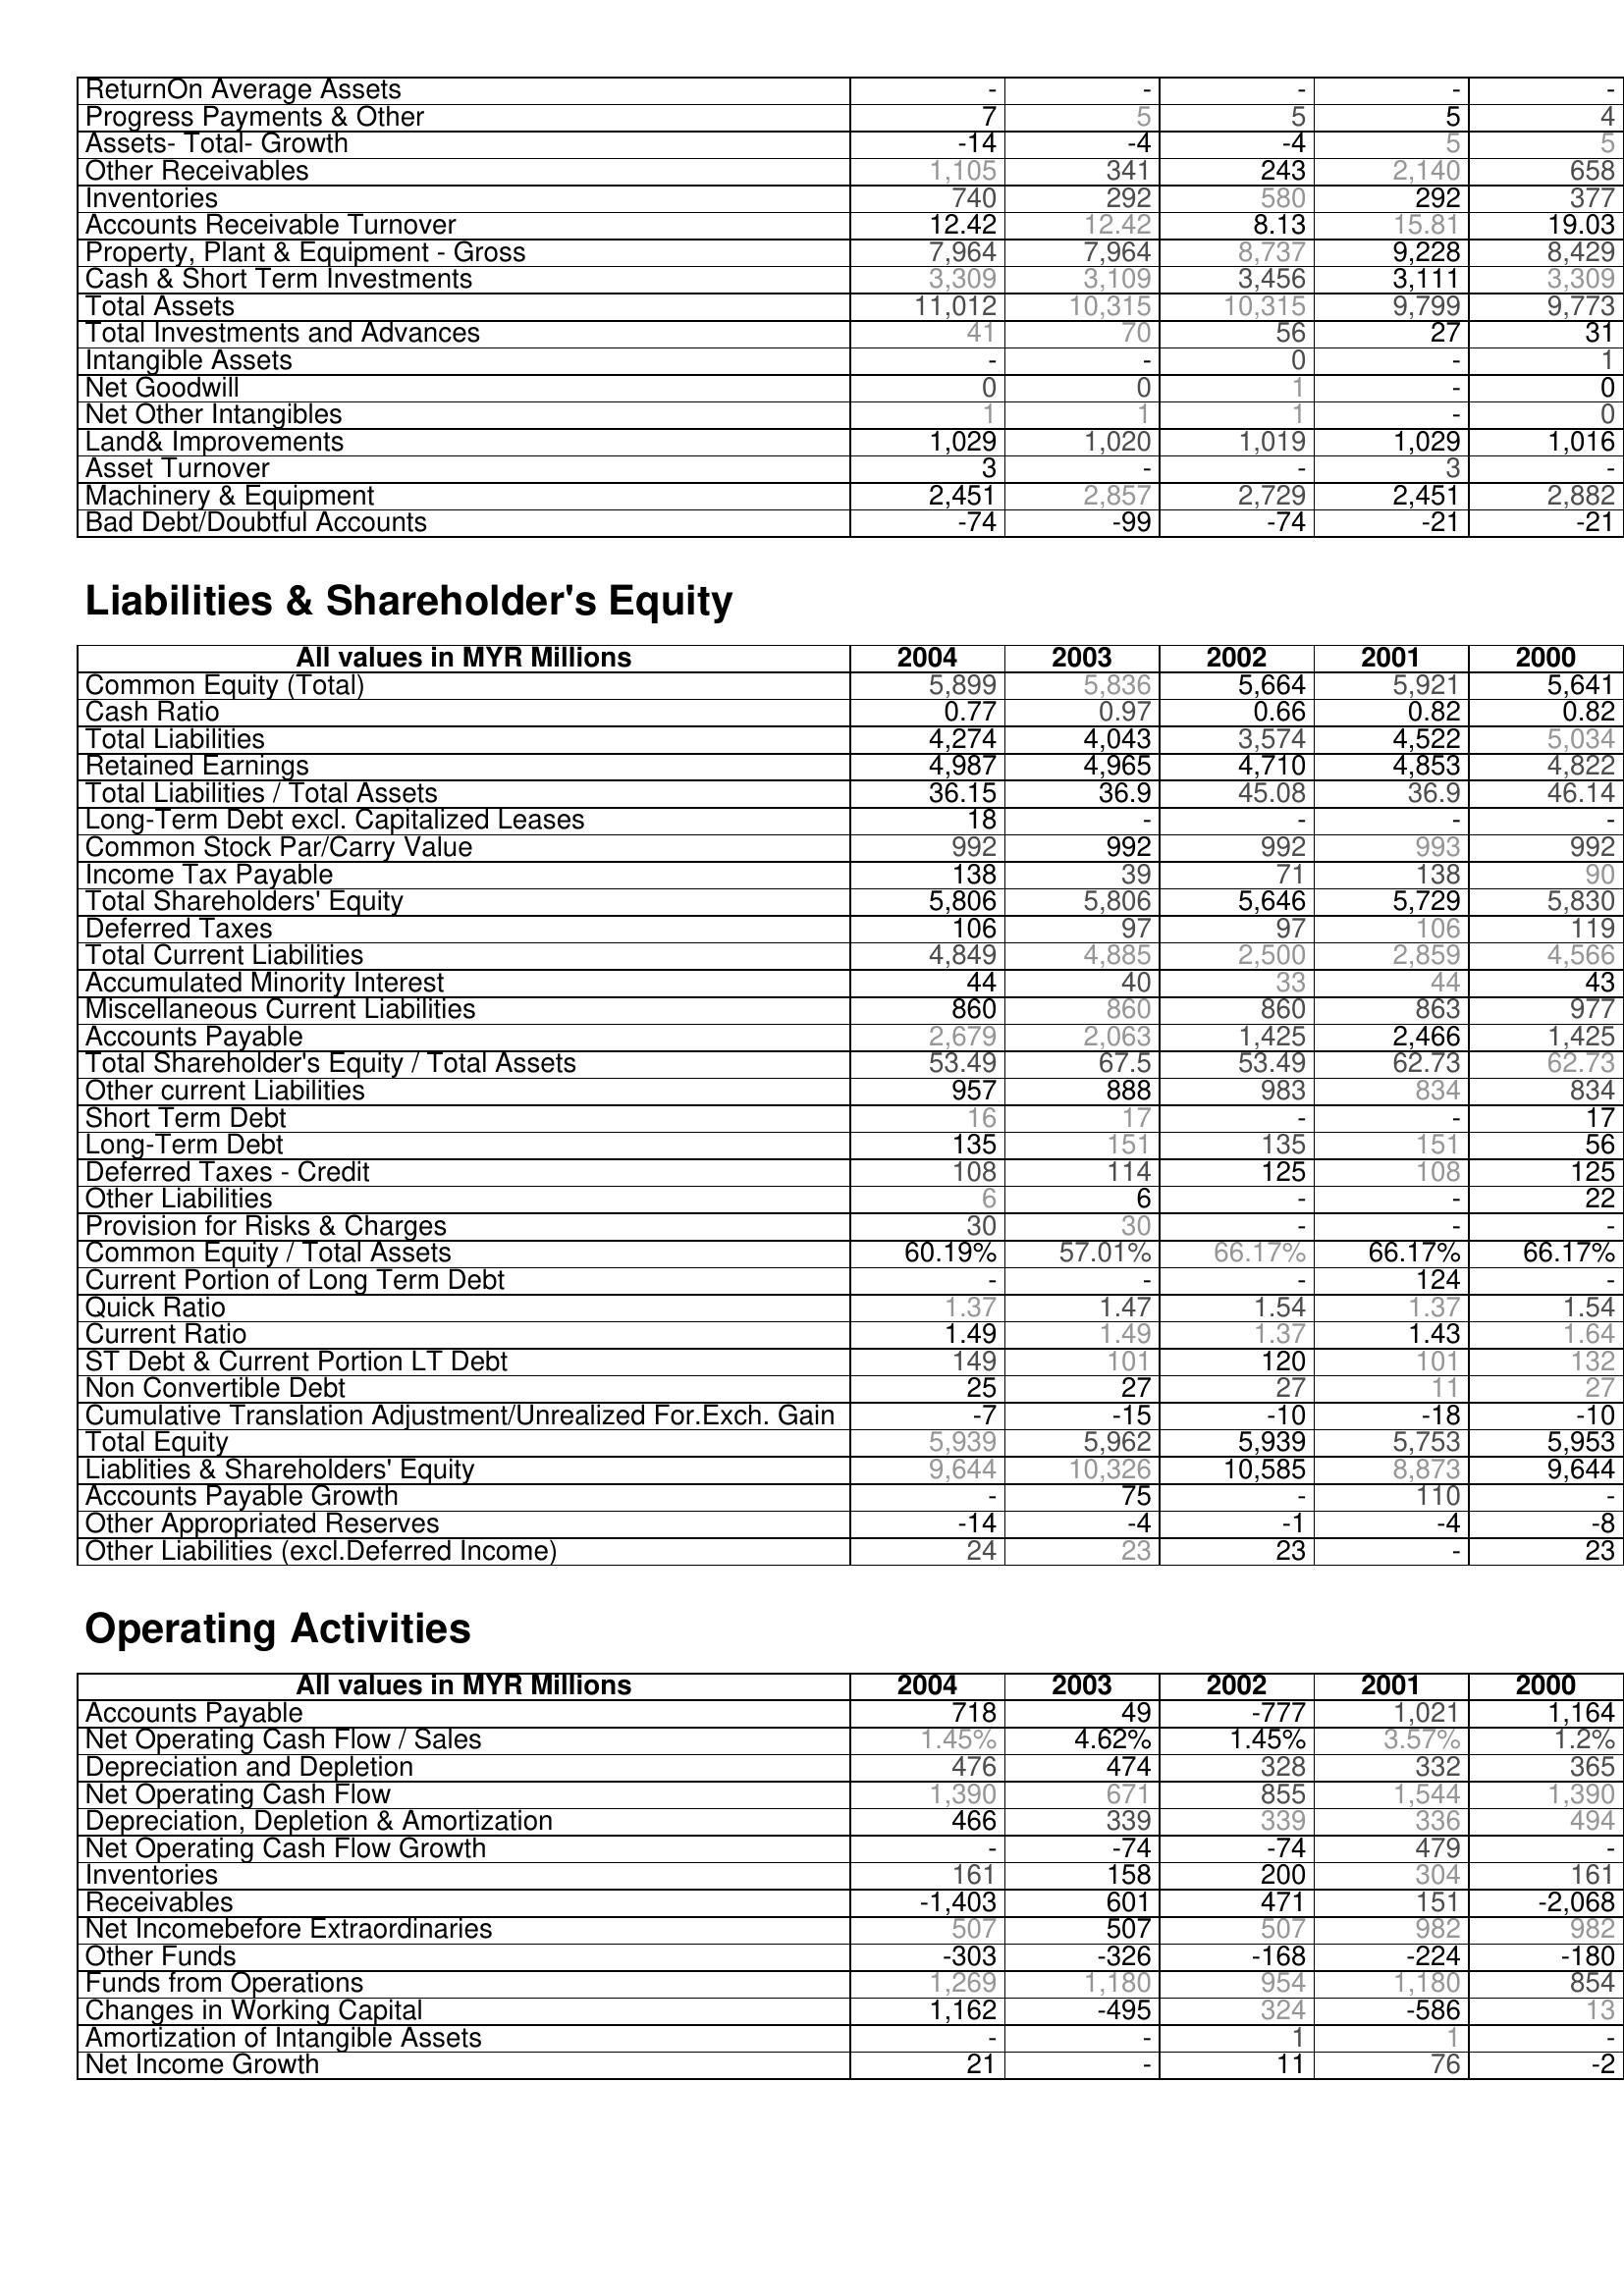
2004: Assets: ReturnOn Average Assets: -
Progress Payments & Other: 7
Assets- Total- Growth: -14
Other Receivables: 1,105
Inventories: 740
Accounts Receivable Turnover: 12.42
Property, Plant & Equipment - Gross : 7,964
Cash & Short Term Investments: 3,309
Total Assets: 11,012
Total Investments and Advances: 41
Intangible Assets: -
Net Goodwill: 0
Net Other Intangibles: 1
Land& Improvements: 1,029
Asset Turnover: 3
Machinery & Equipment: 2,451
Bad Debt/Doubtful Accounts: -74
Liabilities & Shareholder's Equity: Common Equity (Total): 5,899
Cash Ratio: 0.77
Total Liabilities: 4,274
Retained Earnings: 4,987
Total Liabilities / Total Assets: 36.15
Long-Term Debt excl. Capitalized Leases: 18
Common Stock Par/Carry Value: 992
Income Tax Payable: 138
Total Shareholders' Equity: 5,806
Deferred Taxes: 106
Total Current Liabilities: 4,849
Accumulated Minority Interest: 44
Miscellaneous Current Liabilities: 860
Accounts Payable: 2,679
Total Shareholder's Equity / Total Assets: 53.49
Other current Liabilities: 957
Short Term Debt: 16
Long-Term Debt: 135
Deferred Taxes - Credit: 108
Other Liabilities: 6
Provision for Risks & Charges: 30
Common Equity / Total Assets: 60.19%
Current Portion of Long Term Debt: -
Quick Ratio: 1.37
Current Ratio: 1.49
ST Debt & Current Portion LT Debt: 149
Non Convertible Debt: 25
Cumulative Translation Adjustment/Unrealized For.Exch. Gain: -7
Total Equity: 5,939
Liablities & Shareholders' Equity: 9,644
Accounts Payable Growth: -
Other Appropriated Reserves: -14
Other Liabilities (excl.Deferred Income): 24
Operating Activities: Accounts Payable: 718
Net Operating Cash Flow / Sales: 1.45%
Depreciation and Depletion: 476
Net Operating Cash Flow: 1,390
Depreciation, Depletion & Amortization: 466
Net Operating Cash Flow Growth: -
Inventories: 161
Receivables: -1,403
Net Incomebefore Extraordinaries: 507
Other Funds: -303
Funds from Operations: 1,269
Changes in Working Capital: 1,162
Amortization of Intangible Assets: -
Net Income Growth: 21
2003: Assets: ReturnOn Average Assets: -
Progress Payments & Other: 5
Assets- Total- Growth: -4
Other Receivables: 341
Inventories: 292
Accounts Receivable Turnover: 12.42
Property, Plant & Equipment - Gross : 7,964
Cash & Short Term Investments: 3,109
Total Assets: 10,315
Total Investments and Advances: 70
Intangible Assets: -
Net Goodwill: 0
Net Other Intangibles: 1
Land& Improvements: 1,020
Asset Turnover: -
Machinery & Equipment: 2,857
Bad Debt/Doubtful Accounts: -99
Liabilities & Shareholder's Equity: Common Equity (Total): 5,836
Cash Ratio: 0.97
Total Liabilities: 4,043
Retained Earnings: 4,965
Total Liabilities / Total Assets: 36.9
Long-Term Debt excl. Capitalized Leases: -
Common Stock Par/Carry Value: 992
Income Tax Payable: 39
Total Shareholders' Equity: 5,806
Deferred Taxes: 97
Total Current Liabilities: 4,885
Accumulated Minority Interest: 40
Miscellaneous Current Liabilities: 860
Accounts Payable: 2,063
Total Shareholder's Equity / Total Assets: 67.5
Other current Liabilities: 888
Short Term Debt: 17
Long-Term Debt: 151
Deferred Taxes - Credit: 114
Other Liabilities: 6
Provision for Risks & Charges: 30
Common Equity / Total Assets: 57.01%
Current Portion of Long Term Debt: -
Quick Ratio: 1.47
Current Ratio: 1.49
ST Debt & Current Portion LT Debt: 101
Non Convertible Debt: 27
Cumulative Translation Adjustment/Unrealized For.Exch. Gain: -15
Total Equity: 5,962
Liablities & Shareholders' Equity: 10,326
Accounts Payable Growth: 75
Other Appropriated Reserves: -4
Other Liabilities (excl.Deferred Income): 23
Operating Activities: Accounts Payable: 49
Net Operating Cash Flow / Sales: 4.62%
Depreciation and Depletion: 474
Net Operating Cash Flow: 671
Depreciation, Depletion & Amortization: 339
Net Operating Cash Flow Growth: -74
Inventories: 158
Receivables: 601
Net Incomebefore Extraordinaries: 507
Other Funds: -326
Funds from Operations: 1,180
Changes in Working Capital: -495
Amortization of Intangible Assets: -
Net Income Growth: -
2002: Assets: ReturnOn Average Assets: -
Progress Payments & Other: 5
Assets- Total- Growth: -4
Other Receivables: 243
Inventories: 580
Accounts Receivable Turnover: 8.13
Property, Plant & Equipment - Gross : 8,737
Cash & Short Term Investments: 3,456
Total Assets: 10,315
Total Investments and Advances: 56
Intangible Assets: 0
Net Goodwill: 1
Net Other Intangibles: 1
Land& Improvements: 1,019
Asset Turnover: -
Machinery & Equipment: 2,729
Bad Debt/Doubtful Accounts: -74
Liabilities & Shareholder's Equity: Common Equity (Total): 5,664
Cash Ratio: 0.66
Total Liabilities: 3,574
Retained Earnings: 4,710
Total Liabilities / Total Assets: 45.08
Long-Term Debt excl. Capitalized Leases: -
Common Stock Par/Carry Value: 992
Income Tax Payable: 71
Total Shareholders' Equity: 5,646
Deferred Taxes: 97
Total Current Liabilities: 2,500
Accumulated Minority Interest: 33
Miscellaneous Current Liabilities: 860
Accounts Payable: 1,425
Total Shareholder's Equity / Total Assets: 53.49
Other current Liabilities: 983
Short Term Debt: -
Long-Term Debt: 135
Deferred Taxes - Credit: 125
Other Liabilities: -
Provision for Risks & Charges: -
Common Equity / Total Assets: 66.17%
Current Portion of Long Term Debt: -
Quick Ratio: 1.54
Current Ratio: 1.37
ST Debt & Current Portion LT Debt: 120
Non Convertible Debt: 27
Cumulative Translation Adjustment/Unrealized For.Exch. Gain: -10
Total Equity: 5,939
Liablities & Shareholders' Equity: 10,585
Accounts Payable Growth: -
Other Appropriated Reserves: -1
Other Liabilities (excl.Deferred Income): 23
Operating Activities: Accounts Payable: -777
Net Operating Cash Flow / Sales: 1.45%
Depreciation and Depletion: 328
Net Operating Cash Flow: 855
Depreciation, Depletion & Amortization: 339
Net Operating Cash Flow Growth: -74
Inventories: 200
Receivables: 471
Net Incomebefore Extraordinaries: 507
Other Funds: -168
Funds from Operations: 954
Changes in Working Capital: 324
Amortization of Intangible Assets: 1
Net Income Growth: 11
2001: Assets: ReturnOn Average Assets: -
Progress Payments & Other: 5
Assets- Total- Growth: 5
Other Receivables: 2,140
Inventories: 292
Accounts Receivable Turnover: 15.81
Property, Plant & Equipment - Gross : 9,228
Cash & Short Term Investments: 3,111
Total Assets: 9,799
Total Investments and Advances: 27
Intangible Assets: -
Net Goodwill: -
Net Other Intangibles: -
Land& Improvements: 1,029
Asset Turnover: 3
Machinery & Equipment: 2,451
Bad Debt/Doubtful Accounts: -21
Liabilities & Shareholder's Equity: Common Equity (Total): 5,921
Cash Ratio: 0.82
Total Liabilities: 4,522
Retained Earnings: 4,853
Total Liabilities / Total Assets: 36.9
Long-Term Debt excl. Capitalized Leases: -
Common Stock Par/Carry Value: 993
Income Tax Payable: 138
Total Shareholders' Equity: 5,729
Deferred Taxes: 106
Total Current Liabilities: 2,859
Accumulated Minority Interest: 44
Miscellaneous Current Liabilities: 863
Accounts Payable: 2,466
Total Shareholder's Equity / Total Assets: 62.73
Other current Liabilities: 834
Short Term Debt: -
Long-Term Debt: 151
Deferred Taxes - Credit: 108
Other Liabilities: -
Provision for Risks & Charges: -
Common Equity / Total Assets: 66.17%
Current Portion of Long Term Debt: 124
Quick Ratio: 1.37
Current Ratio: 1.43
ST Debt & Current Portion LT Debt: 101
Non Convertible Debt: 11
Cumulative Translation Adjustment/Unrealized For.Exch. Gain: -18
Total Equity: 5,753
Liablities & Shareholders' Equity: 8,873
Accounts Payable Growth: 110
Other Appropriated Reserves: -4
Other Liabilities (excl.Deferred Income): -
Operating Activities: Accounts Payable: 1,021
Net Operating Cash Flow / Sales: 3.57%
Depreciation and Depletion: 332
Net Operating Cash Flow: 1,544
Depreciation, Depletion & Amortization: 336
Net Operating Cash Flow Growth: 479
Inventories: 304
Receivables: 151
Net Incomebefore Extraordinaries: 982
Other Funds: -224
Funds from Operations: 1,180
Changes in Working Capital: -586
Amortization of Intangible Assets: 1
Net Income Growth: 76
2000: Assets: ReturnOn Average Assets: -
Progress Payments & Other: 4
Assets- Total- Growth: 5
Other Receivables: 658
Inventories: 377
Accounts Receivable Turnover: 19.03
Property, Plant & Equipment - Gross : 8,429
Cash & Short Term Investments: 3,309
Total Assets: 9,773
Total Investments and Advances: 31
Intangible Assets: 1
Net Goodwill: 0
Net Other Intangibles: 0
Land& Improvements: 1,016
Asset Turnover: -
Machinery & Equipment: 2,882
Bad Debt/Doubtful Accounts: -21
Liabilities & Shareholder's Equity: Common Equity (Total): 5,641
Cash Ratio: 0.82
Total Liabilities: 5,034
Retained Earnings: 4,822
Total Liabilities / Total Assets: 46.14
Long-Term Debt excl. Capitalized Leases: -
Common Stock Par/Carry Value: 992
Income Tax Payable: 90
Total Shareholders' Equity: 5,830
Deferred Taxes: 119
Total Current Liabilities: 4,566
Accumulated Minority Interest: 43
Miscellaneous Current Liabilities: 977
Accounts Payable: 1,425
Total Shareholder's Equity / Total Assets: 62.73
Other current Liabilities: 834
Short Term Debt: 17
Long-Term Debt: 56
Deferred Taxes - Credit: 125
Other Liabilities: 22
Provision for Risks & Charges: -
Common Equity / Total Assets: 66.17%
Current Portion of Long Term Debt: -
Quick Ratio: 1.54
Current Ratio: 1.64
ST Debt & Current Portion LT Debt: 132
Non Convertible Debt: 27
Cumulative Translation Adjustment/Unrealized For.Exch. Gain: -10
Total Equity: 5,953
Liablities & Shareholders' Equity: 9,644
Accounts Payable Growth: -
Other Appropriated Reserves: -8
Other Liabilities (excl.Deferred Income): 23
Operating Activities: Accounts Payable: 1,164
Net Operating Cash Flow / Sales: 1.2%
Depreciation and Depletion: 365
Net Operating Cash Flow: 1,390
Depreciation, Depletion & Amortization: 494
Net Operating Cash Flow Growth: -
Inventories: 161
Receivables: -2,068
Net Incomebefore Extraordinaries: 982
Other Funds: -180
Funds from Operations: 854
Changes in Working Capital: 13
Amortization of Intangible Assets: -
Net Income Growth: -2